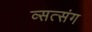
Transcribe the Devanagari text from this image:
व्सत्संग